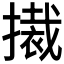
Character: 𭢚